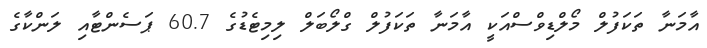
އާމަނާ ތަކަފުލް މޯލްޑިވްސްއަކީ އާމަނާ ތަކަފުލް ގްލޯބަލް ލިމިޓެޑުގެ 60.7 ޕަސެންޓާއި ލަންކާގެ